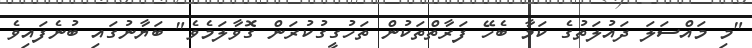
"މި މައްސަލަ ދައުލަތުގެ ކަމާ ބެހޭ ފަރާތްތަކުން ތަހުގީގުކުރަން ގޮވާލަމެވެ" ބަޔާނުގައި ބުނެފައިވެ